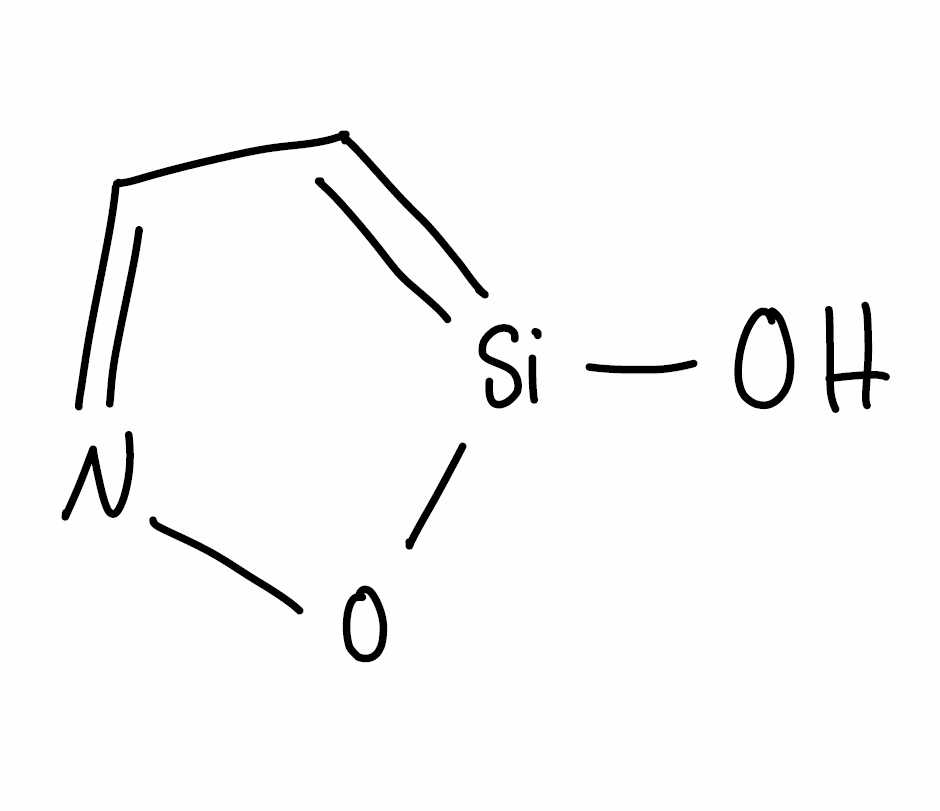
Simplified molecular-input line-entry system (SMILES) notation of the given molecule:
C1=NO[Si](=C1)O